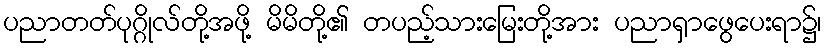
ပညာတတ်ပုဂ္ဂိုလ်တို့အဖို့ မိမိတို့၏ တပည့်သားမြေးတို့အား ပညာရှာဖွေပေးရာ၌၊